Vaccination report Assam 1874-1896 - 1874-1896
Year: 1874
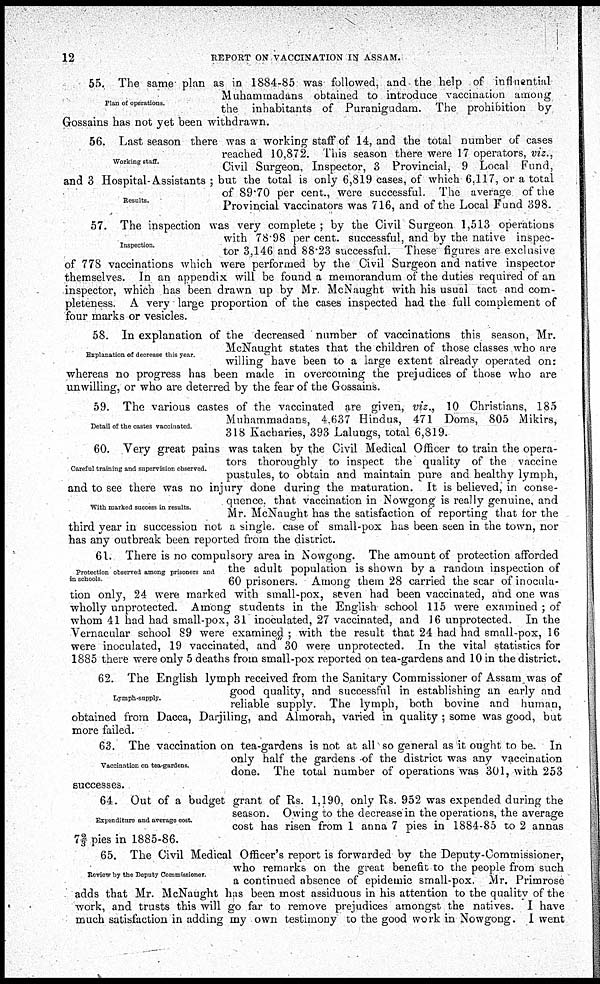
12
REPORT ON VACCINATION IN ASSAM.
Plan of operations.
55. The same plan as in 1884-85 was followed, and the help of influential
Muhammadans obtained to introduce vaccination among
the inhabitants of Puranigudam. The prohibition by
Gossains has not yet been withdrawn.
Working staff.
Results.
56. Last season there was a working staff of 14, and the total number of cases
reached 10,872. This season there were 17 operators, viz.,
Civil Surgeon, Inspector, 3 Provincial, 9 Local Fund,
and 3 Hospital-Assistants ; but the total is only 6,819 cases, of which 6,117, or a total
of 89.70 per cent., were successful. The average of the
Provincial vaccinators was 716, and of the Local Fund 398.
Inspection.
57. The inspection was very complete ; by the Civil Surgeon 1,513 operations
with 78.98 per cent. successful, and by the native inspec-
tor 3,146 and 88.23 successful. These figures are exclusive
of 778 vaccinations which were performed by the Civil Surgeon and native inspector
themselves. In an appendix will be found a memorandum of the duties required of an
inspector, which has been drawn up by Mr. McNaught with his usual tact and com-
pleteness. A very large proportion of the cases inspected had the full complement of
four marks or vesicles.
Explanation of decrease this year.
58. In explanation of the decreased number of vaccinations this season, Mr.
McNaught states that the children of those classes who are
willing have been to a large extent already operated on:
whereas no progress has been made in overcoming the prejudices of those who are
unwilling, or who are deterred by the fear of the Gossains.
Detail of the castes vaccinated.
59. The various castes of the vaccinated are given, viz., 10 Christians, 185
Muhammadans, 4.637 Hindus, 471 Doms, 805 Mikirs,
318 Kacharies, 393 Lalungs, total 6,819.
Careful training and supervision observed.
With marked success in results.
60. Very great pains was taken by the Civil Medical Officer to train the opera-
tors thoroughly to inspect the quality of the vaccine
pustules, to obtain and maintain pure and healthy lymph,
and to see there was no injury done during the maturation. It is believed, in conse-
quence, that vaccination in Nowgong is really genuine, and
Mr. McNaught has the satisfaction of reporting that for the
third year in succession not a single. case of small-pox has been seen in the town, nor
has any outbreak been reported from the district.
Protection observed among prisoners and
in schools.
61. There is no compulsory area in Nowgong. The amount of protection afforded
the adult population is shown by a random inspection of
60 prisoners. Among them 28 carried the scar of inocula-
tion only, 24 were marked with small-pox, seven had been vaccinated, and one was
wholly unprotected. Among students in the English school 115 were examined ; of
whom 41 had had small-pox, 31 inoculated, 27 vaccinated, and 16 unprotected. In the
Vernacular school 89 were examined; with the result that 24 had had small-pox, 16
were inoculated, 19 vaccinated, and 30 were unprotected. In the vital statistics for
1885 there were only 5 deaths from small-pox reported on tea-gardens and 10 in the district.
Lymph-supply.
62. The English lymph received from the Sanitary Commissioner of Assam was of
good quality, and successful in establishing an early and
reliable supply. The lymph, both bovine and human,
obtained from Dacca, Darjiling, and Almorah, varied in quality ; some was good, but
more failed.
Vaccination on tea-gardens.
63. The vaccination on tea-gardens is not at all so general as it ought to be. In
only half the gardens -of the district was any vaccination
done. The total number of operations was 301, with 253
successes.
Expenditure and average cost.
64. Out of a budget grant of Rs. 1,190, only Rs. 952 was expended during the
season. Owing to the decrease in the operations, the average
cost has risen from 1 anna 7 pies in 1884-85 to 2 annas
7 2/3 pies in 1885-86.
Review by the Deputy Commissioner.
65. The Civil Medical Officer's report is forwarded by the Deputy-Commissioner,
who remarks on the great benefit to the people from such
a continued absence of epidemic small-pox. Mr. Primrose
adds that Mr. McNaught has been most assiduous in his attention to the quality of the
work, and trusts this will go far to remove prejudices amongst the natives. I have
much satisfaction in adding my own testimony to the good work in Nowgong. I went